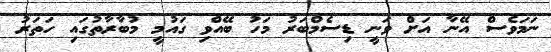
ނަމަވެސް އޭނާ އަށް ވަނީ ޑިސެމްބަރު މަހު ބޭއްވި ގައުމީ މުބާރާތުގައި ހަތަރު